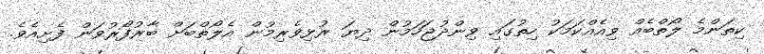
ކިތަންމެ ލޯތްބެއް ވިއެއްކަމަކު ހިތުގައި ވިންދުޖަހަމުން ދިޔަ ރުޅިވެރިމުން އެލޯތްބަށް ބާރުފޯރުވަން ފެށިއެވެ.